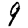
Digit: 9